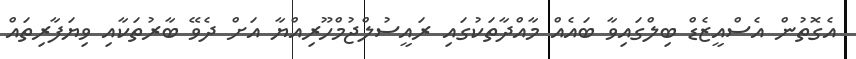
އެގޮތުން އެސްއީޒެޑް ބިލްގައިވާ ބައެއް މާއްދާތަކުގައި ރައީސުލްޖުމްހޫރިއްޔާ އަށް ދެވޭ ބާރުތަކާއި ވިޔަފާރިތައް